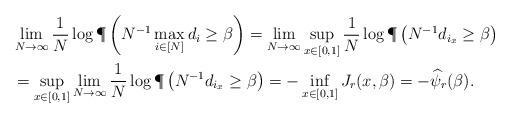
LaTeX: \begin{align*}&\lim_{N\to\infty} \frac{1}{N} \log\P\left(N^{-1} \max_{i \in [N]}d_i\geq\beta\right)= \lim_{N\to\infty} \sup_{x\in[0,1]} \frac{1}{N} \log\P\left(N^{-1} d_{i_x}\geq\beta\right)\\&= \sup_{x\in[0,1]} \lim_{N\to\infty} \frac{1}{N}\log\P\left(N^{-1} d_{i_x}\geq\beta\right)= - \inf_{x\in[0,1]} J_r(x,\beta) = -\widehat{\psi}_r(\beta).\end{align*}